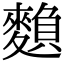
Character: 𪍏